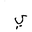
Letter: _ya